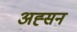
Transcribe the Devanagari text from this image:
अह्सन